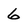
Character: 6